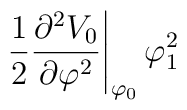
\left.\frac{1}{2}\frac{\partial^2 V_0 }{\partial \varphi^2}\right|_{\varphi_0}\varphi_1^2